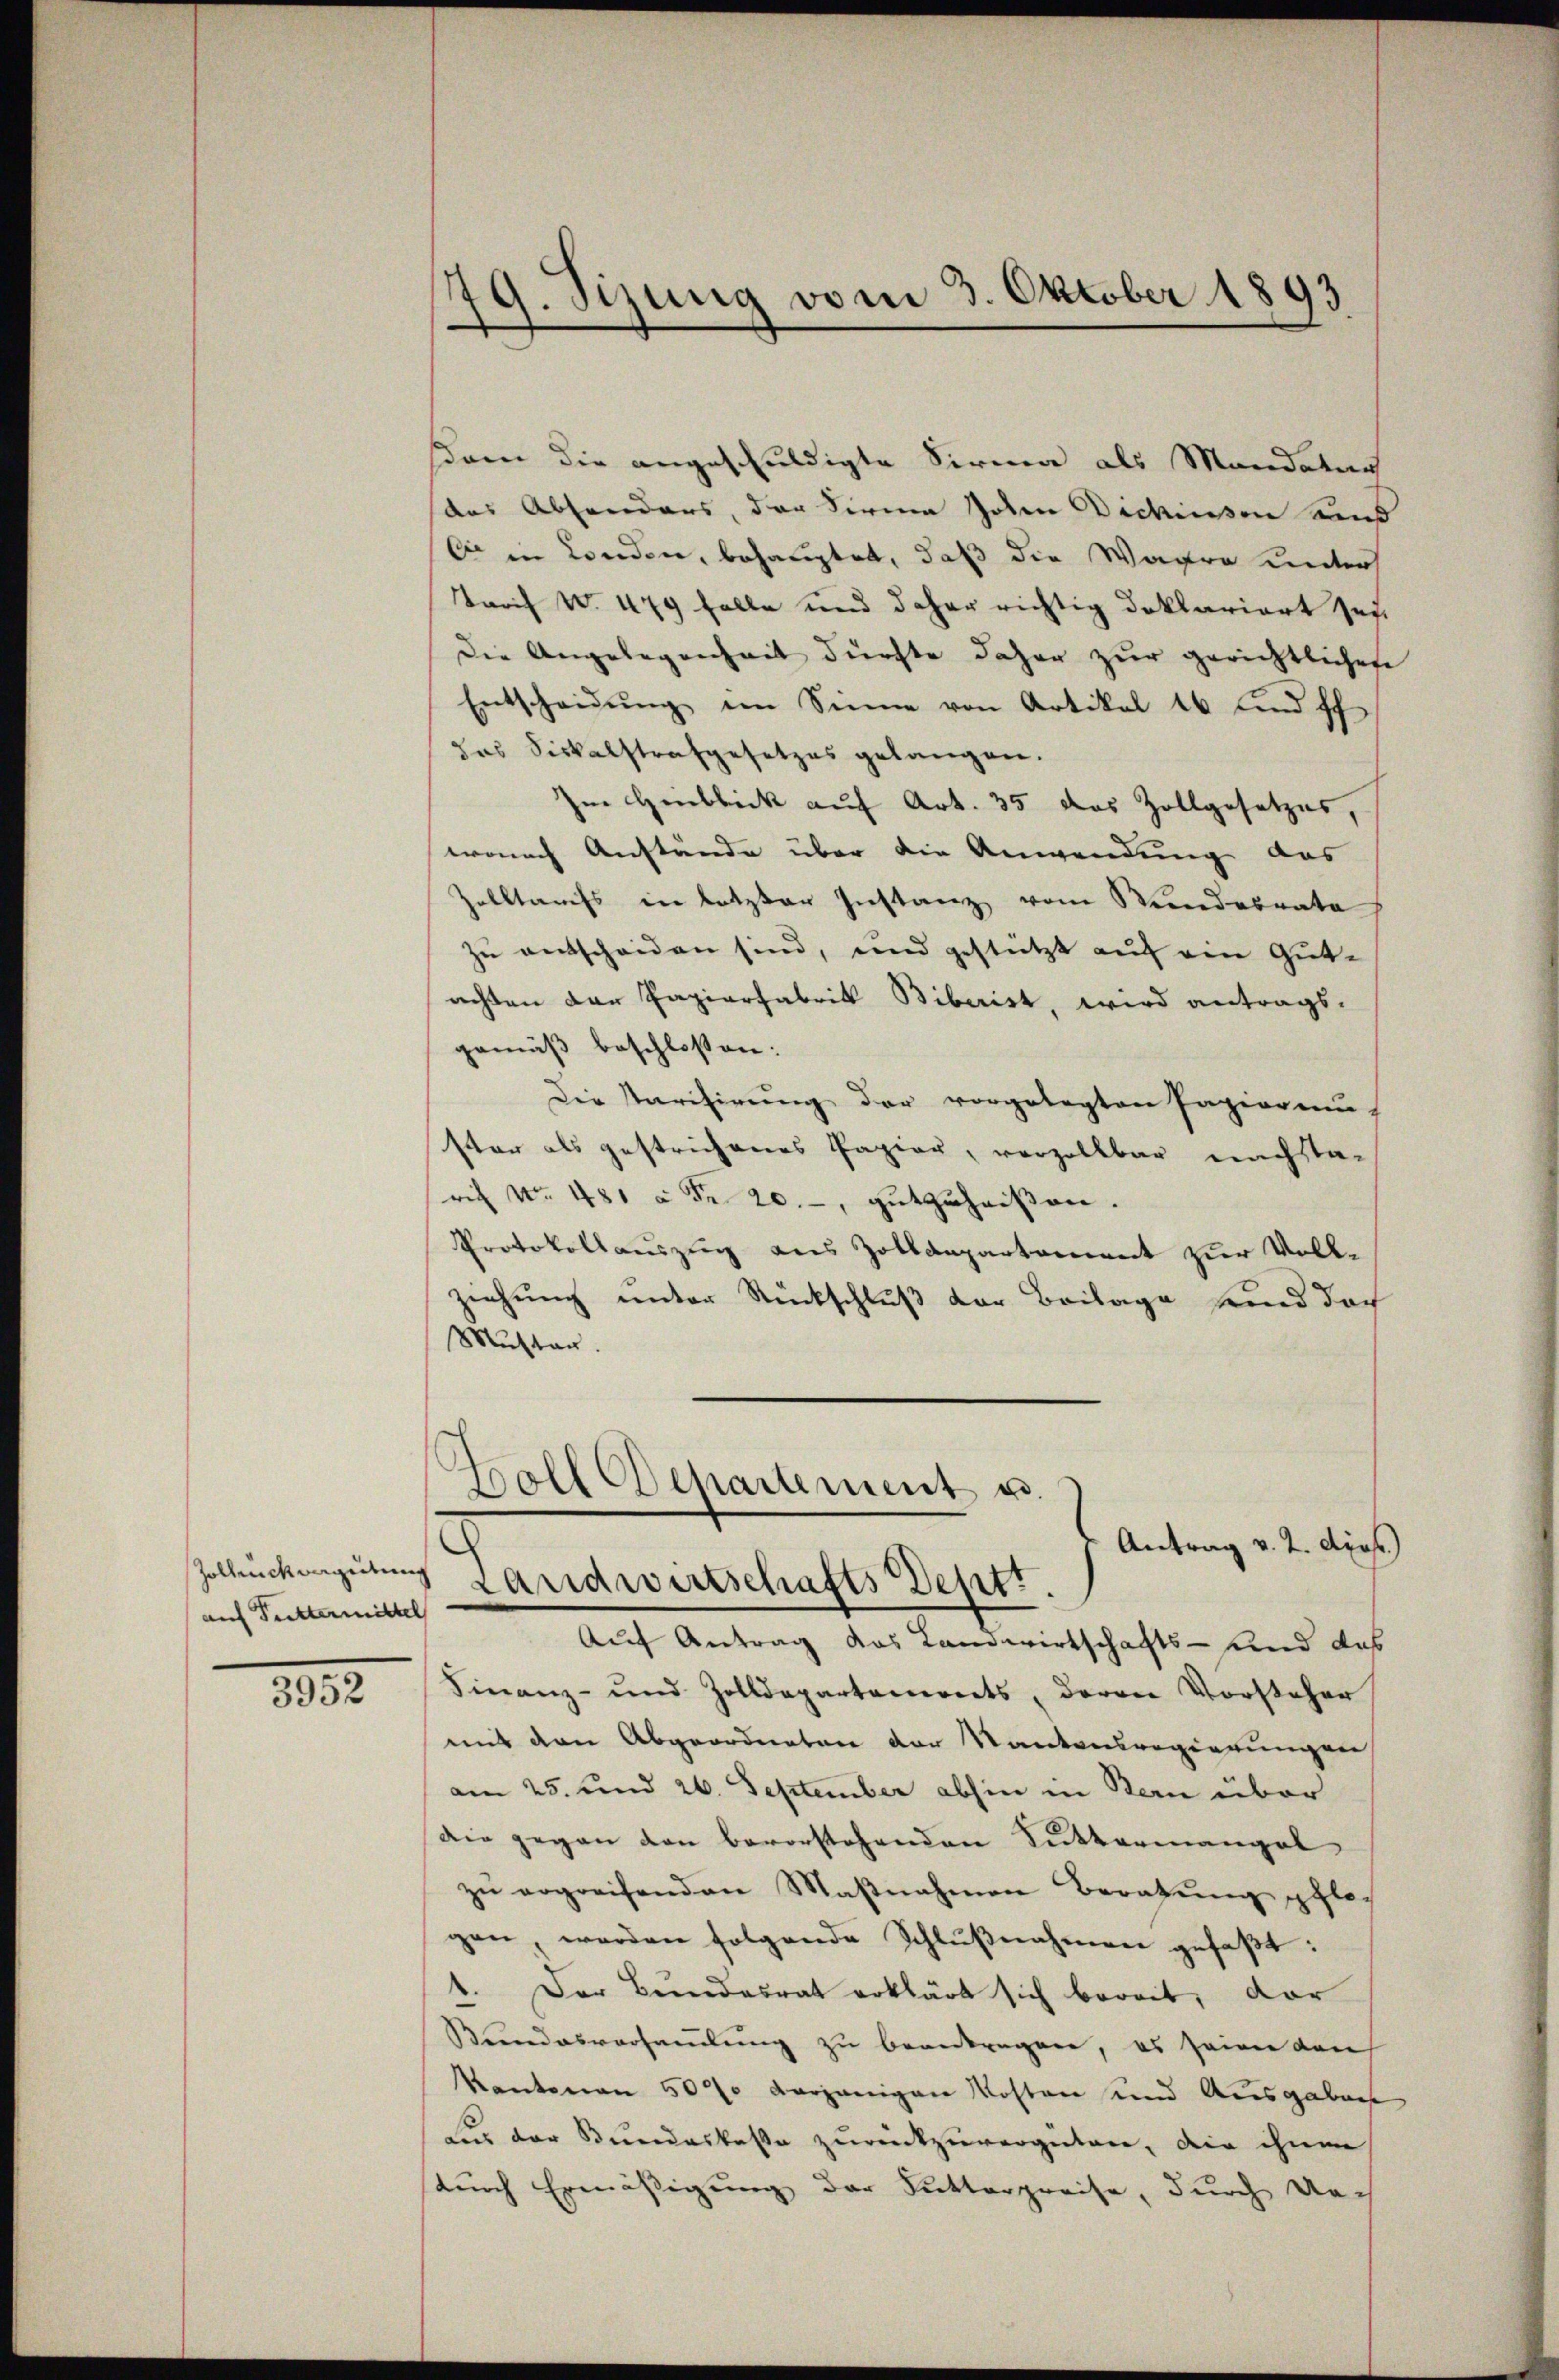
Zollenck vergütung
auf Futtermittel

3952

79. Sizung vom 3. Oktober 1893
.

Kam die angeschuldigte Sirma als Mandatar
das Absonders, der Firma Johen Didissen and
bi in London, behauptet, daß die Wagra inder
Tarif W. 479 falle und daher richtig deklariert sey
Die Angelegenheit dürfte daher zur gerichtlichen
Entscheidŭng im Sinne von Artikel 16 und Eh
das Fiskalstrafgesetzes gelangen.
Im Hinblick auf Art. 35 das Zollgesetzes,
wonach Anstände über die Anwendung aus
Zolltaufs in letzter Instanz vom Stundesrate
zu entscheiden sind, und gestützt auf ein Gutachten der Papierfabrik Biberist, wird antrags-
gemäß beschlossen:
Die Parisierung der vorgelegten Papieren
ster als gestrichenes Papier, vorzollbar nachsta-
rich No. 481 à Fr. 20.-, gutzuheißen.
Protokollauszug aus Zolldepartement zur Vollziehung unter Rückschluß der Beilage sind doch
Muster.
Boll Departement u.
Antrag v. 2. dies.)
Landwirtschafts Dept.
Auf Antrag das Landwirtschafts- und das
Finanz- und Zolldepartements, deren Vorsteher
mit den Abgeordneten der Kantonsregierungen
am 25. und 26. September abhin in Bern über
Die gegen den bevorstehenden Buttermangel
zŭ ergreifenden Maβnahmen Berathŭng pflegen werden folgende Schlŭβnahmen gefaßt:
Der Bundesrat erklärt sich bereit, dar
.
Bundesverhandlung zu beantragen, es seien Kauf
Kantonen 5000 vorjenigen Kosten und Ausgaben
Für der Bundeskasse zurückzuvergüten, die ihnen
durch Ermäßigung der Sutterpreise, durch doch